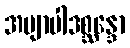
အဗျာပါဒစ္ဆန္ဒော